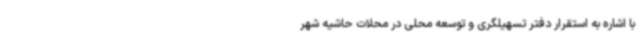
با اشاره به استقرار دفتر تسهیلگری و توسعه محلی در محلات حاشیه شهر